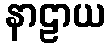
နာဠာယ